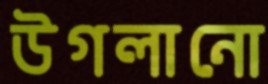
উগলানো